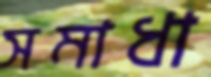
সমাধা